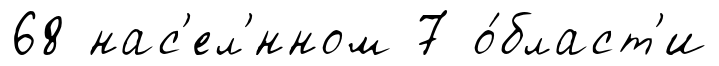
68 нас'ел'́нном 7 о́бласт'и